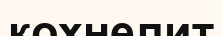
кохнелит